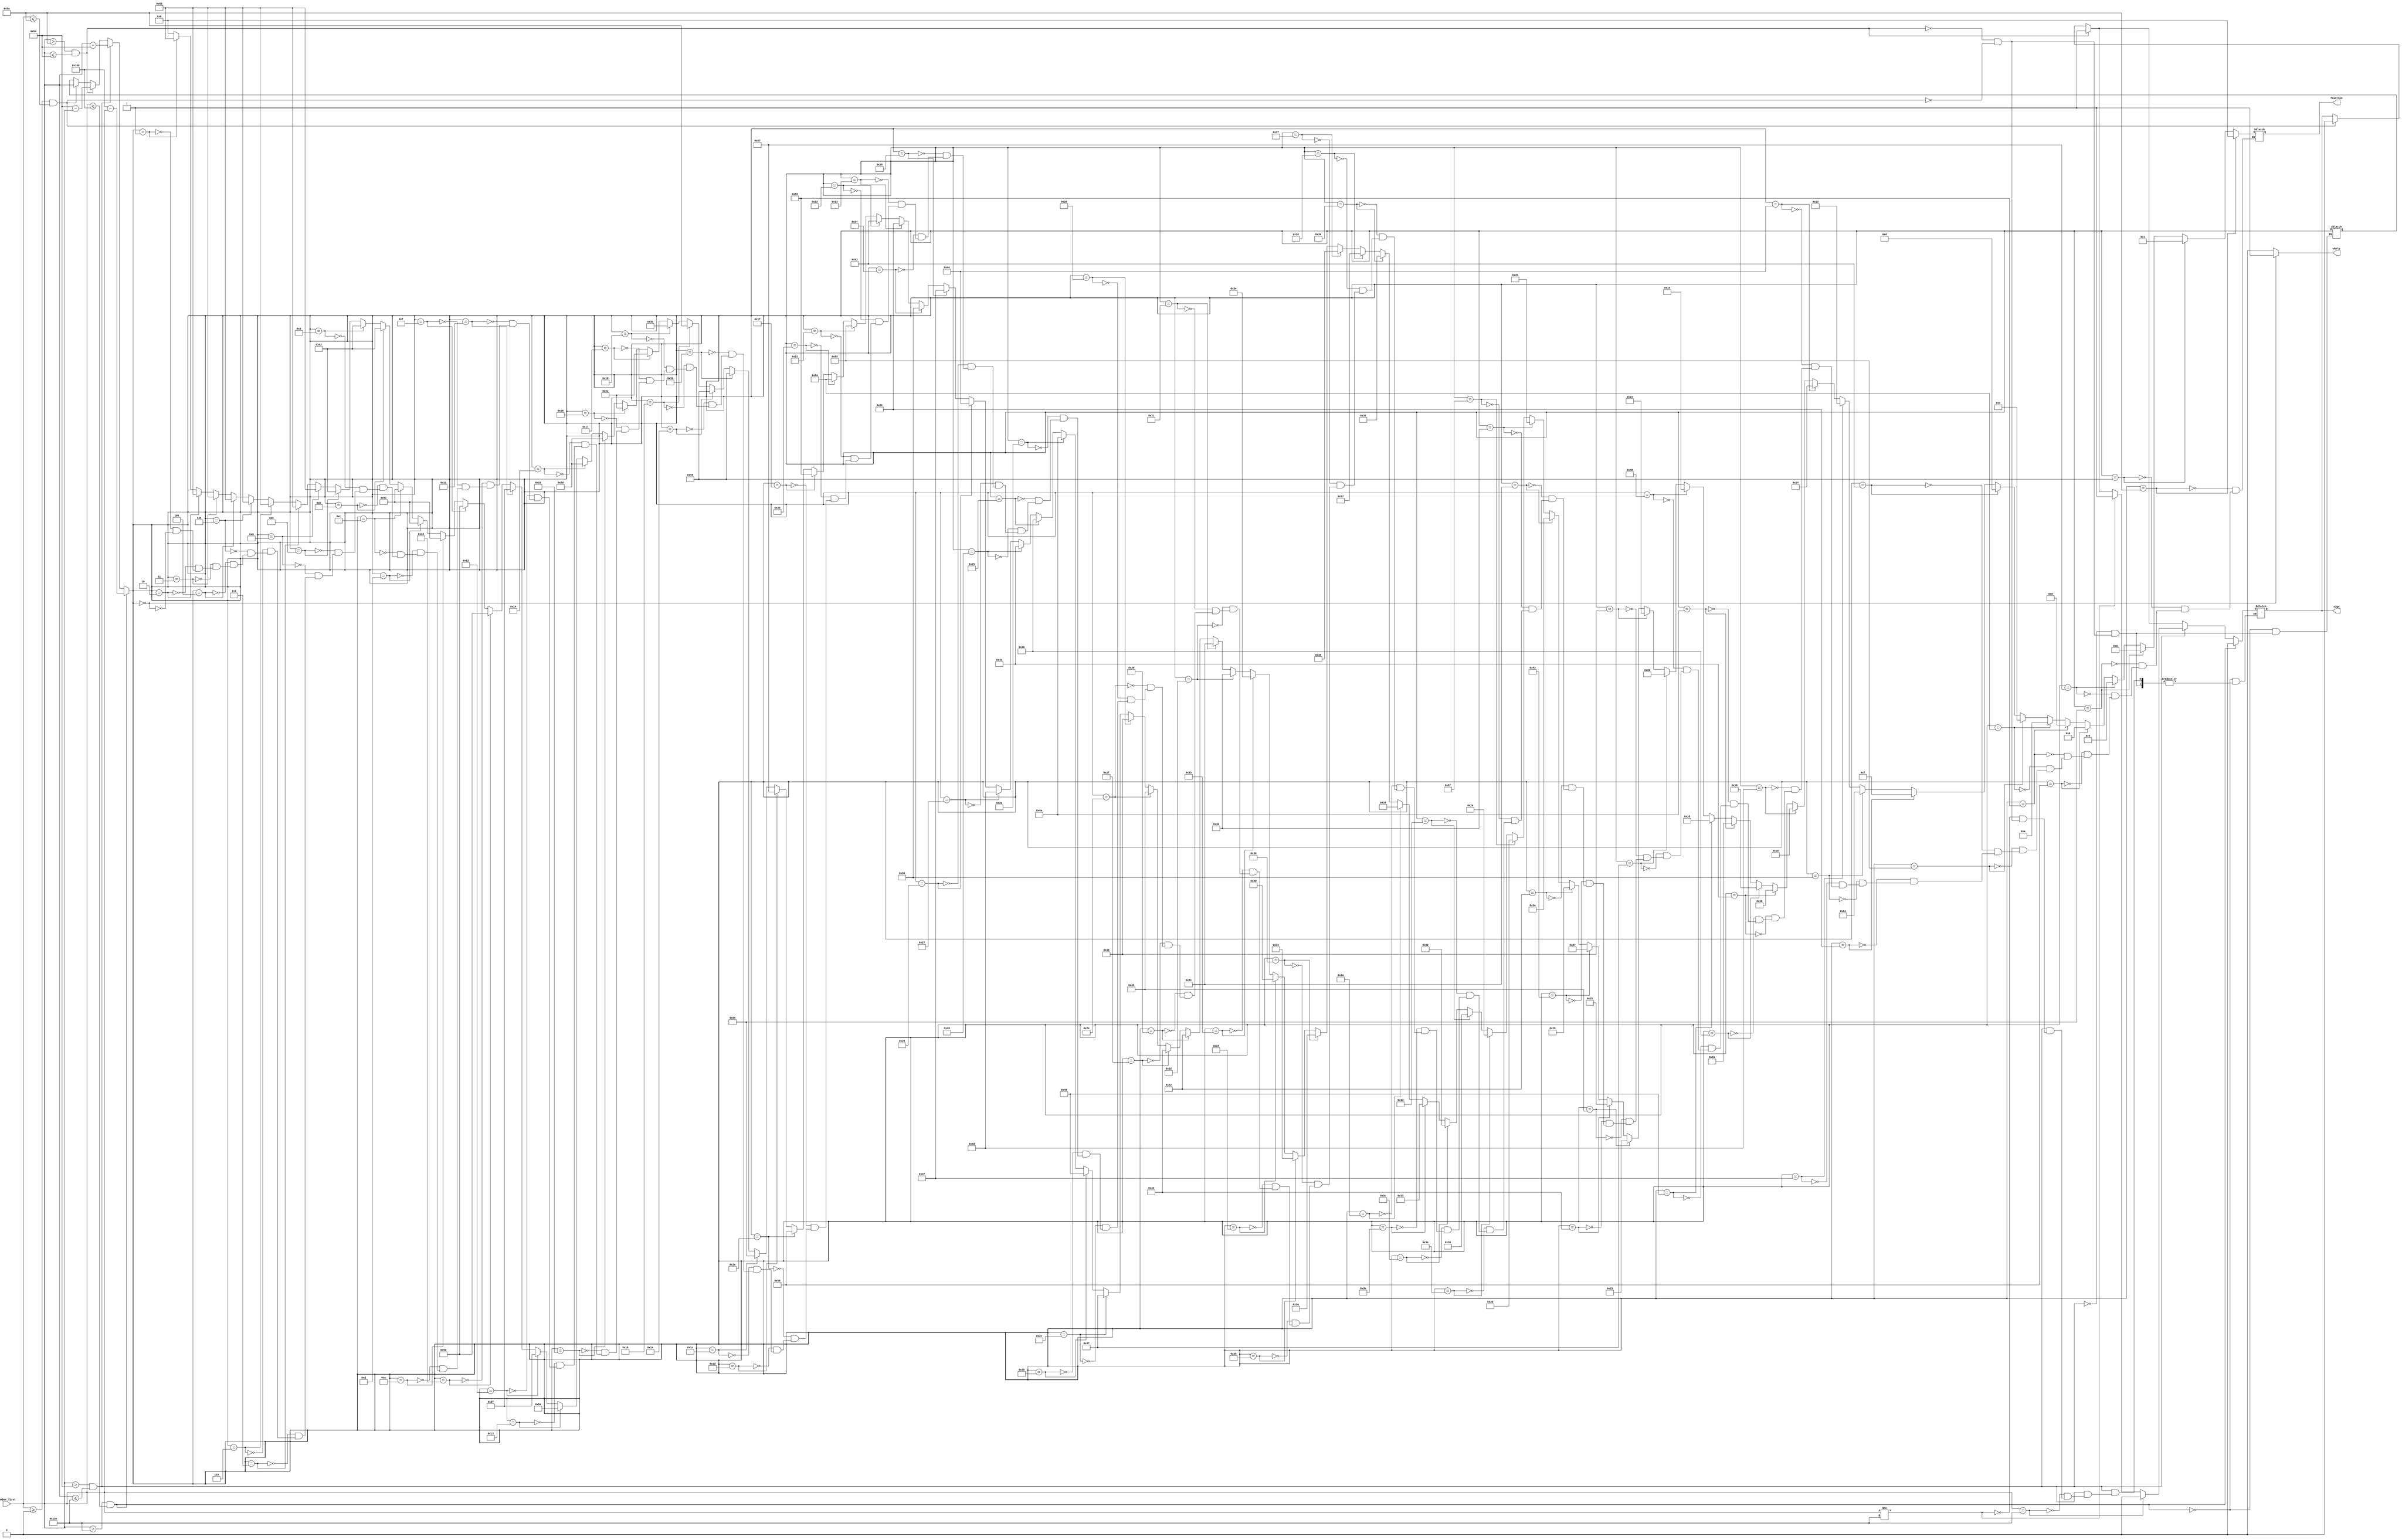
`timescale 1ns / 1ps


module Cos(
    input [8:0]number_first, //coming number, as degree
    output reg sign, // the sign of output, 0 for pozitive; 1 for negative
    output reg whole, //the whole part of sin function, can be 1 or 0
    output reg [6:0]fraction //the fraction part of sin function
    );
    
    reg [8:0]number;
    
    always @(*) begin
            if(number_first >= 0 && number_first <= 90) begin
                //cos(x) = cos(x) 0<=x<=90
                number = number_first;
                sign = 0;
            end
            if(number_first > 90 && number_first <= 180) begin
                //cos(x) = -cos(180-x) 90<x<=180
                number = 180 - number_first;
                sign = 1;
            end
            if(number_first > 180 && number_first <= 270) begin
                //cos(x) = -cos(x-180) 180<x<=270
                number = number_first - 180;
                if(number_first != 270) begin
                    sign = 1;
                end
                if(number_first == 270) begin
                    sign = 0;
                end      
            end
            if(number_first > 270 && number_first <= 360) begin
                //cos(x) = cos(360-x) 270<x<=360
                number = 360 - number_first;
                sign = 0;
            end
            whole = 0;
            if(number==0) begin
                //Exact Result = 1.0
                whole = 1;
                fraction = 0;
            end
            if(number==1) begin
                //Exact Result = 0.9998476951563913
                fraction = 99;
            end
            if(number==2) begin
                //Exact Result = 0.9993908270190958
                fraction = 99;
            end
            if(number==3) begin
                //Exact Result = 0.9986295347545738
                fraction = 99;
            end
            if(number==4) begin
                //Exact Result = 0.9975640502598242
                fraction = 99;
            end
            if(number==5) begin
                //Exact Result = 0.9961946980917455
                fraction = 99;
            end
            if(number==6) begin
                //Exact Result = 0.9945218953682733
                fraction = 99;
            end
            if(number==7) begin
                //Exact Result = 0.992546151641322
                fraction = 99;
            end
            if(number==8) begin
                //Exact Result = 0.9902680687415704
                fraction = 99;
            end
            if(number==9) begin
                //Exact Result = 0.9876883405951378
                fraction = 98;
            end
            if(number==10) begin
                //Exact Result = 0.984807753012208
                fraction = 98;
            end
            if(number==11) begin
                //Exact Result = 0.981627183447664
                fraction = 98;
            end
            if(number==12) begin
                //Exact Result = 0.9781476007338057
                fraction = 97;
            end
            if(number==13) begin
                //Exact Result = 0.9743700647852352
                fraction = 97;
            end
            if(number==14) begin
                //Exact Result = 0.9702957262759965
                fraction = 97;
            end
            if(number==15) begin
                //Exact Result = 0.9659258262890683
                fraction = 96;
            end
            if(number==16) begin
                //Exact Result = 0.9612616959383189
                fraction = 96;
            end
            if(number==17) begin
                //Exact Result = 0.9563047559630354
                fraction = 95;
            end
            if(number==18) begin
                //Exact Result = 0.9510565162951535
                fraction = 95;
            end
            if(number==19) begin
                //Exact Result = 0.9455185755993168
                fraction = 94;
            end
            if(number==20) begin
                //Exact Result = 0.9396926207859084
                fraction = 93;
            end
            if(number==21) begin
                //Exact Result = 0.9335804264972017
                fraction = 93;
            end
            if(number==22) begin
                //Exact Result = 0.9271838545667874
                fraction = 92;
            end
            if(number==23) begin
                //Exact Result = 0.9205048534524404
                fraction = 92;
            end
            if(number==24) begin
                //Exact Result = 0.9135454576426009
                fraction = 91;
            end
            if(number==25) begin
                //Exact Result = 0.9063077870366499
                fraction = 90;
            end
            if(number==26) begin
                //Exact Result = 0.898794046299167
                fraction = 89;
            end
            if(number==27) begin
                //Exact Result = 0.8910065241883679
                fraction = 89;
            end
            if(number==28) begin
                //Exact Result = 0.882947592858927
                fraction = 88;
            end
            if(number==29) begin
                //Exact Result = 0.8746197071393957
                fraction = 87;
            end
            if(number==30) begin
                //Exact Result = 0.8660254037844387
                fraction = 86;
            end
            if(number==31) begin
                //Exact Result = 0.8571673007021123
                fraction = 85;
            end
            if(number==32) begin
                //Exact Result = 0.848048096156426
                fraction = 84;
            end
            if(number==33) begin
                //Exact Result = 0.838670567945424
                fraction = 83;
            end
            if(number==34) begin
                //Exact Result = 0.8290375725550417
                fraction = 82;
            end
            if(number==35) begin
                //Exact Result = 0.8191520442889918
                fraction = 81;
            end
            if(number==36) begin
                //Exact Result = 0.8090169943749475
                fraction = 80;
            end
            if(number==37) begin
                //Exact Result = 0.7986355100472928
                fraction = 79;
            end
            if(number==38) begin
                //Exact Result = 0.7880107536067219
                fraction = 78;
            end
            if(number==39) begin
                //Exact Result = 0.7771459614569709
                fraction = 77;
            end
            if(number==40) begin
                //Exact Result = 0.766044443118978
                fraction = 76;
            end
            if(number==41) begin
                //Exact Result = 0.754709580222772
                fraction = 75;
            end
            if(number==42) begin
                //Exact Result = 0.7431448254773942
                fraction = 74;
            end
            if(number==43) begin
                //Exact Result = 0.7313537016191705
                fraction = 73;
            end
            if(number==44) begin
                //Exact Result = 0.7193398003386512
                fraction = 71;
            end
            if(number==45) begin
                //Exact Result = 0.7071067811865476
                fraction = 70;
            end
            if(number==46) begin
                //Exact Result = 0.6946583704589973
                fraction = 69;
            end
            if(number==47) begin
                //Exact Result = 0.6819983600624985
                fraction = 68;
            end
            if(number==48) begin
                //Exact Result = 0.6691306063588582
                fraction = 66;
            end
            if(number==49) begin
                //Exact Result = 0.6560590289905073
                fraction = 65;
            end
            if(number==50) begin
                //Exact Result = 0.6427876096865394
                fraction = 64;
            end
            if(number==51) begin
                //Exact Result = 0.6293203910498375
                fraction = 62;
            end
            if(number==52) begin
                //Exact Result = 0.6156614753256583
                fraction = 61;
            end
            if(number==53) begin
                //Exact Result = 0.6018150231520484
                fraction = 60;
            end
            if(number==54) begin
                //Exact Result = 0.5877852522924731
                fraction = 58;
            end
            if(number==55) begin
                //Exact Result = 0.573576436351046
                fraction = 57;
            end
            if(number==56) begin
                //Exact Result = 0.5591929034707468
                fraction = 55;
            end
            if(number==57) begin
                //Exact Result = 0.5446390350150271
                fraction = 54;
            end
            if(number==58) begin
                //Exact Result = 0.5299192642332049
                fraction = 52;
            end
            if(number==59) begin
                //Exact Result = 0.5150380749100542
                fraction = 51;
            end
            if(number==60) begin
                //Exact Result = 0.5000000000000001
                fraction = 50;
            end
            if(number==61) begin
                //Exact Result = 0.4848096202463371
                fraction = 48;
            end
            if(number==62) begin
                //Exact Result = 0.46947156278589086
                fraction = 46;
            end
            if(number==63) begin
                //Exact Result = 0.4539904997395468
                fraction = 45;
            end
            if(number==64) begin
                //Exact Result = 0.43837114678907746
                fraction = 43;
            end
            if(number==65) begin
                //Exact Result = 0.42261826174069944
                fraction = 42;
            end
            if(number==66) begin
                //Exact Result = 0.4067366430758002
                fraction = 40;
            end
            if(number==67) begin
                //Exact Result = 0.3907311284892737
                fraction = 39;
            end
            if(number==68) begin
                //Exact Result = 0.37460659341591196
                fraction = 37;
            end
            if(number==69) begin
                //Exact Result = 0.3583679495453004
                fraction = 35;
            end
            if(number==70) begin
                //Exact Result = 0.3420201433256688
                fraction = 34;
            end
            if(number==71) begin
                //Exact Result = 0.32556815445715676
                fraction = 32;
            end
            if(number==72) begin
                //Exact Result = 0.30901699437494745
                fraction = 30;
            end
            if(number==73) begin
                //Exact Result = 0.29237170472273677
                fraction = 29;
            end
            if(number==74) begin
                //Exact Result = 0.27563735581699916
                fraction = 27;
            end
            if(number==75) begin
                //Exact Result = 0.25881904510252074
                fraction = 25;
            end
            if(number==76) begin
                //Exact Result = 0.24192189559966767
                fraction = 24;
            end
            if(number==77) begin
                //Exact Result = 0.22495105434386492
                fraction = 22;
            end
            if(number==78) begin
                //Exact Result = 0.20791169081775945
                fraction = 20;
            end
            if(number==79) begin
                //Exact Result = 0.19080899537654492
                fraction = 19;
            end
            if(number==80) begin
                //Exact Result = 0.17364817766693041
                fraction = 17;
            end
            if(number==81) begin
                //Exact Result = 0.15643446504023092
                fraction = 15;
            end
            if(number==82) begin
                //Exact Result = 0.13917310096006547
                fraction = 13;
            end
            if(number==83) begin
                //Exact Result = 0.12186934340514749
                fraction = 12;
            end
            if(number==84) begin
                //Exact Result = 0.10452846326765346
                fraction = 10;
            end
            if(number==85) begin
                //Exact Result = 0.08715574274765814
                fraction = 8;
            end
            if(number==86) begin
                //Exact Result = 0.06975647374412523
                fraction = 6;
            end
            if(number==87) begin
                //Exact Result = 0.052335956242943966
                fraction = 5;
            end
            if(number==88) begin
                //Exact Result = 0.03489949670250108
                fraction = 3;
            end
            if(number==89) begin
                //Exact Result = 0.0174524064372836
                fraction = 1;
            end
            if(number==90) begin
                //Exact Result = 0.0
                fraction = 0;
            end
    end
endmodule